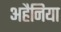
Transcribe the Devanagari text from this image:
अहैनिया